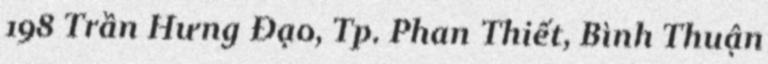
198 Trần Hưng Đạo, Tp. Phan Thiết, Bình Thuận